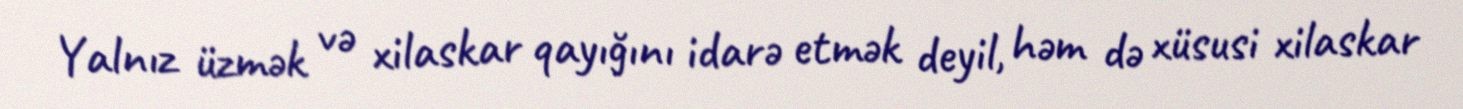
Yalnız üzmək və xilaskar qayığını idarə etmək deyil, həm də xüsusi xilaskar